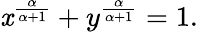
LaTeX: \mathit{x}^{\frac{{\alpha}}{{\alpha+1}}}+y^{\frac{{\alpha}}{{\alpha+1}}}=1.